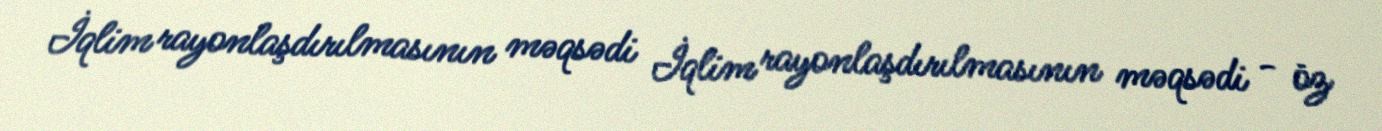
İqlim rayonlaşdırılmasının məqsədi İqlim rayonlaşdırılmasının məqsədi - öz